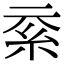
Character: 𥾻